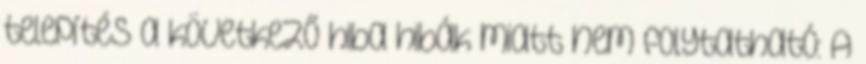
telepítés a következő hiba hibák miatt nem folytatható: A